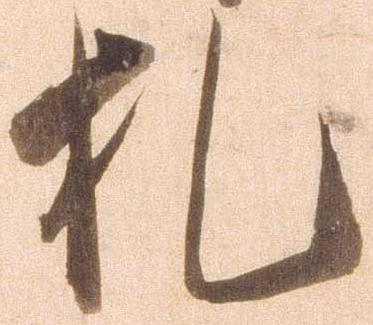
札